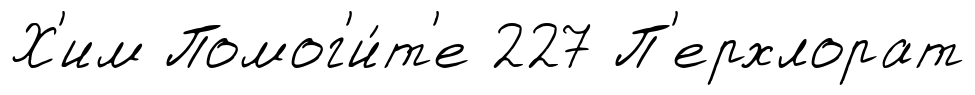
Х'им Помог'и́т'е 227 П'ерхлорат